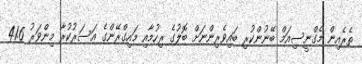
ތެރެއިން މެގްނީސިއަމް ބޭނުންކުރި ބައިވެރިންނަށް ބޮލުގެ ރިހުމާއި މައިގްރޭންގެ އަސަރުކުރާ މިންވަރު 41.6